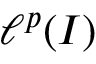
\ell ^ { p } ( I )